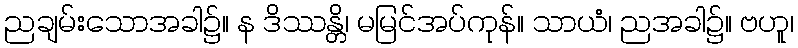
ညချမ်းသောအခါ၌။ န ဒိဿန္တိ၊ မမြင်အပ်ကုန်။ သာယံ၊ ညအခါ၌။ ဗဟူ၊